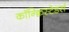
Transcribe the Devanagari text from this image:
कॉन्क्विस्टेडर्स